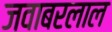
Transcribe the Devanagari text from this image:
जवाबरलाल